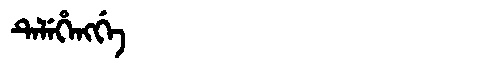
Manchu: ᡨᡝᠯᡝᡥᡝᠩᡤᡝ
Romanization: TELEHENGGE